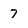
Character: 7